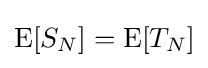
\operatorname {E} [S_{N}]=\operatorname {E} [T_{N}]